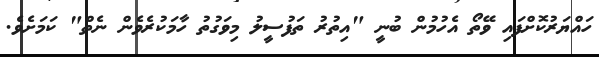
ހައްޔަރުުކޮށްފައި ވޭތޯ އެހުމުން ބުނީ "އިތުރު ތަފުސީލު މިވަގުތު ހާމަކުރެވެން ނެތް" ކަމަށެވެ.